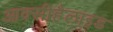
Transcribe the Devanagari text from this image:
आक्सीहैलाइड